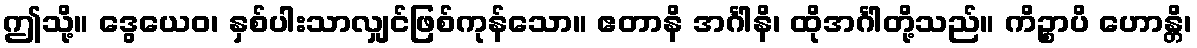
ဤသို့။ ဒွေယေဝ၊ နှစ်ပါးသာလျှင်ဖြစ်ကုန်သော။ ဧတာနိ အင်္ဂါနိ၊ ထိုအင်္ဂါတို့သည်။ ကိဉ္စာပိ ဟောန္တိ၊